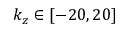
k _ { z } \in [ - 2 0 , 2 0 ]